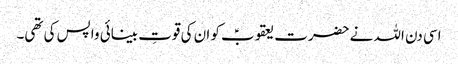
اسی دن اللہ نے حضرت یعقوبؑ کو ان کی قوتِ بینائی واپس کی تھی۔